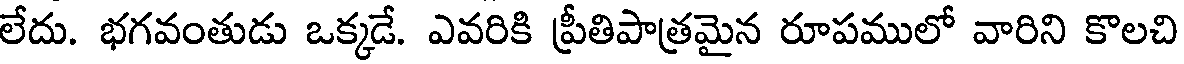
లేదు. భగవంతుడు ఒక్కడే. ఎవరికి ప్రీతిపాత్రమైన రూపములో వారిని కొలచి